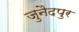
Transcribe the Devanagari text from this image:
जुनैदपुर